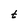
Character: t